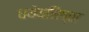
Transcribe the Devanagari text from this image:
धयेयनिष्ठा